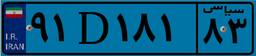
۹۱D۱۸۱۸۳